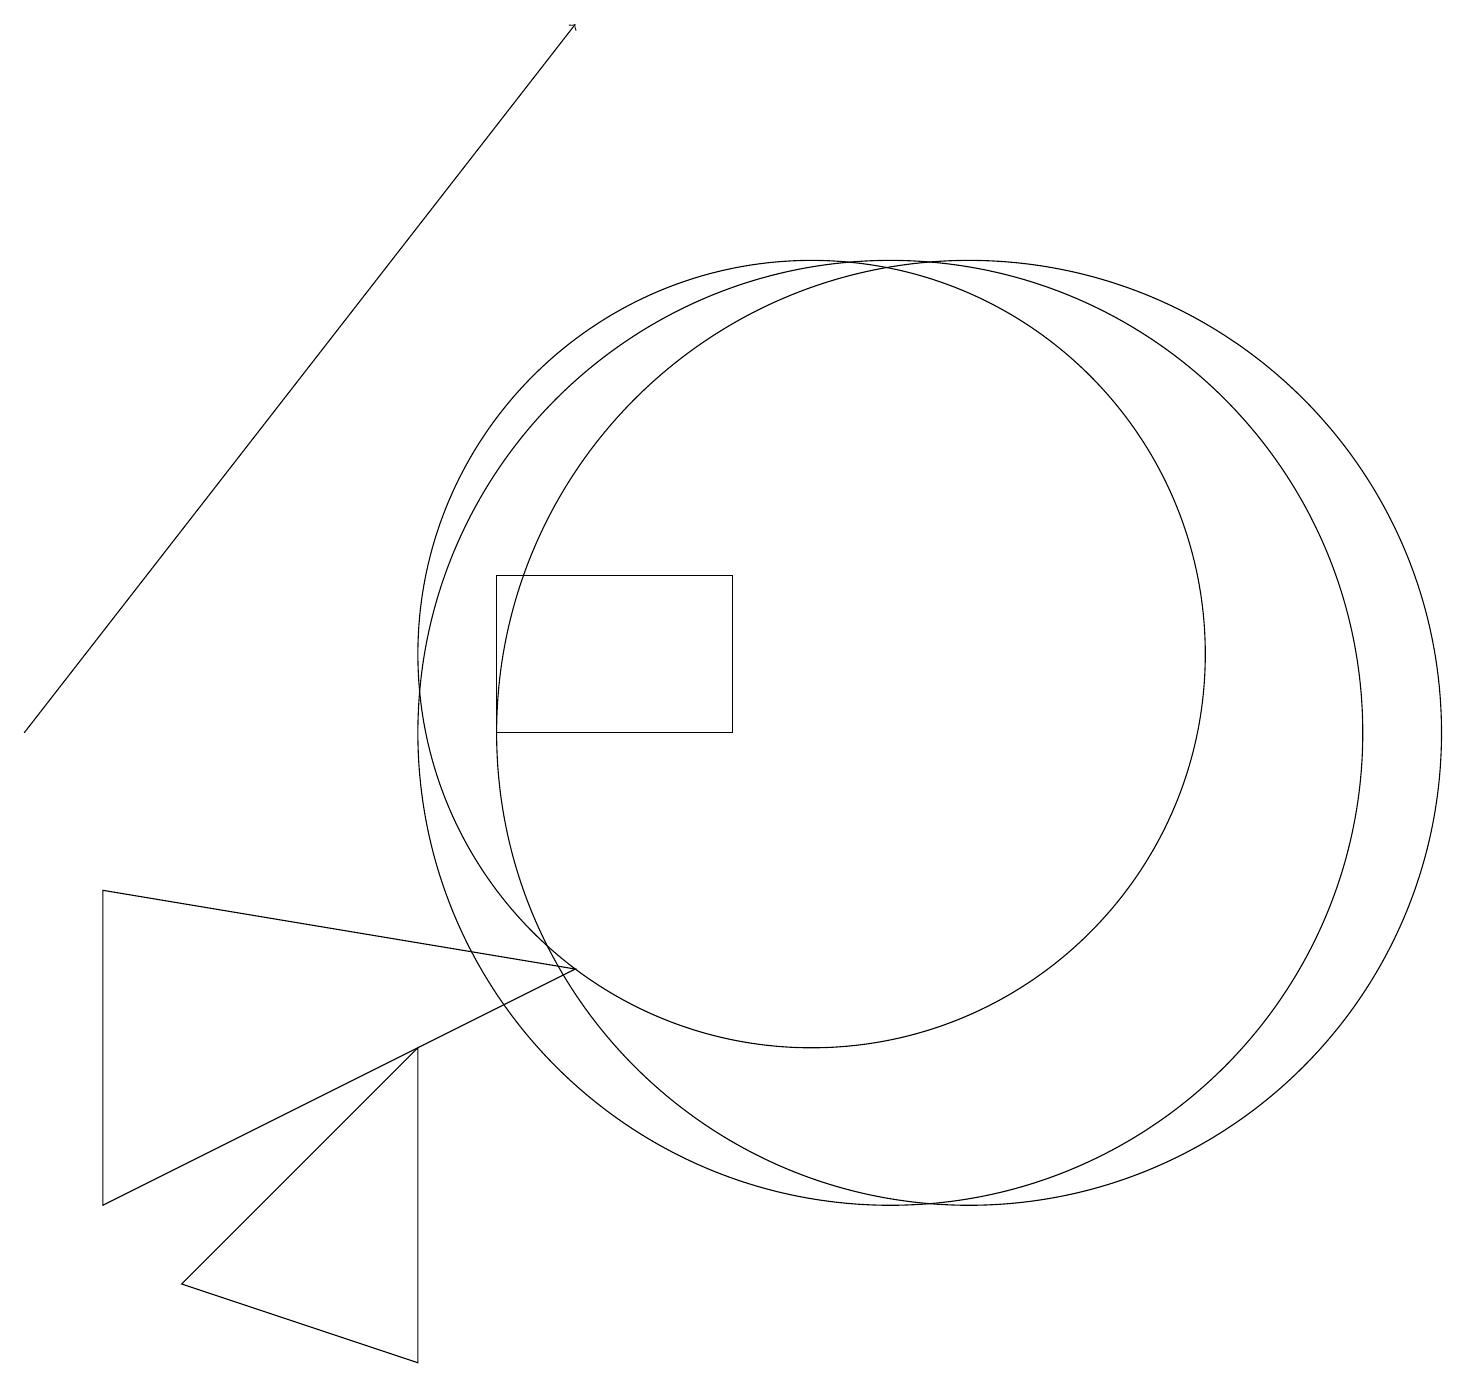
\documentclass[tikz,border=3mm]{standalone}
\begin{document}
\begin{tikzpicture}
\draw (1,4) -- (7,7) -- (1,8) -- cycle;
\draw (5,6) -- (5,2) -- (2,3) -- cycle;
\draw[->] (0,10) -- (7,19);
\draw (11,10) circle (6);
\draw (9,12) rectangle (6,10);
\draw (10,11) circle (5);
\draw (12,10) circle (6);
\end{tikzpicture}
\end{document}